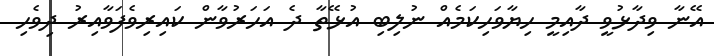
އޭނާ ވިދާޅުވީ ދާއިމީ ހިޔާވަހިކަމެއް ނުލިބި އުޅޭތާ ދެ އަހަރުވާން ކައިރިވެފަވާއިރު ދިވެހި